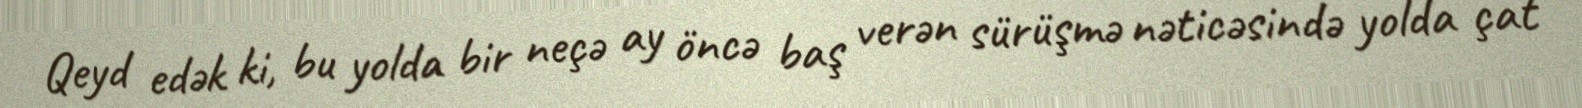
Qeyd edək ki, bu yolda bir neçə ay öncə baş verən sürüşmə nəticəsində yolda çat